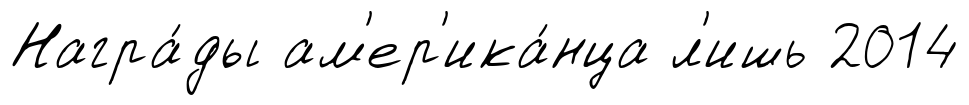
Награ́ды ам'ер'ика́нца л'ишь 2014